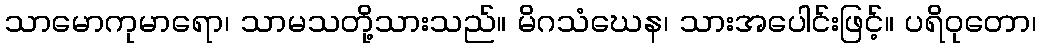
သာမောကုမာရော၊ သာမသတို့သားသည်။ မိဂသံဃေန၊ သားအပေါင်းဖြင့်။ ပရိဝုတော၊